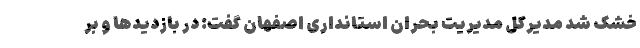
خشک شد مدیرکل مدیریت بحران استانداری اصفهان گفت: در بازدیدها و بر